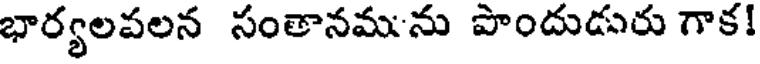
భార్యలపలన సంతానమును పొందుడురు గాక!